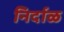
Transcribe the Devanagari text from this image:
निर्दाळ